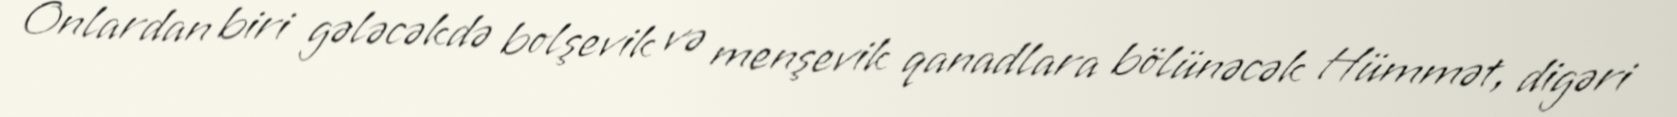
Onlardan biri gələcəkdə bolşevik və menşevik qanadlara bölünəcək Hümmət, digəri